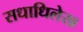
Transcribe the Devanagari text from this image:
सधाधिलेख